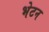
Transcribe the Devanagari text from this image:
भेटन